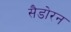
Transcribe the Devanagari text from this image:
सैडोरन